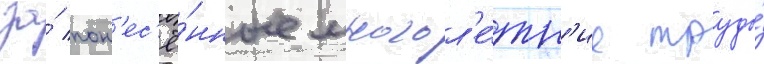
за́ пон'ес'ё́нные многол'е́тн'ие труды́